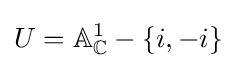
U=\mathbb {A} _{\mathbb {C} }^{1}-\{i,-i\}